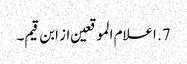
7. اعلام الموقعین از ابن قیم۔